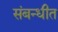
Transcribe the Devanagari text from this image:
संबन्धीत